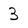
Character: 3